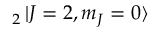
_ { 2 } \mathinner { | { J = 2 , m _ { J } = 0 } \rangle }